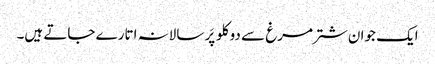
ایک جوان شتر مرغ سے دو کلو پَر سالانہ اتارے جاتے ہیں۔